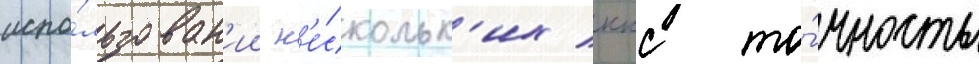
испо́льзован'ии н'е́скольк'их ккс то́чность